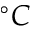
^ \circ C